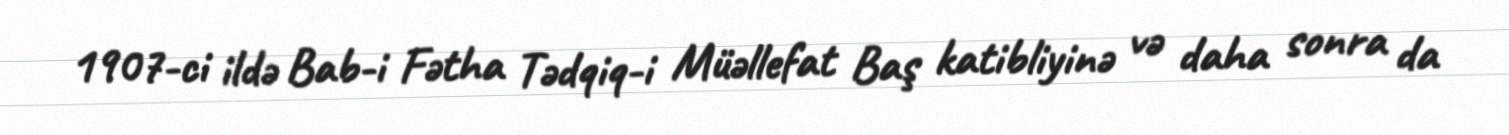
1907-ci ildə Bab-i Fətha Tədqiq-i Müəllefat Baş katibliyinə və daha sonra da